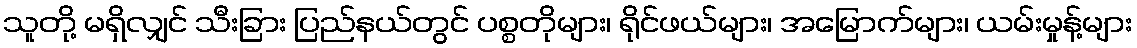
သူတို့ မရှိလျှင် သီးခြား ပြည်နယ်တွင် ပစ္စတိုများ၊ ရိုင်ဖယ်များ၊ အမြောက်များ၊ ယမ်းမှုန့်များ